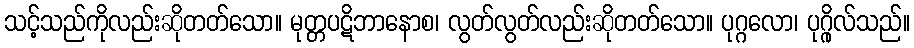
သင့်သည်ကိုလည်းဆိုတတ်သော။ မုတ္တပဋိဘာနောစ၊ လွတ်လွတ်လည်းဆိုတတ်သော။ ပုဂ္ဂလော၊ ပုဂ္ဂိုလ်သည်။